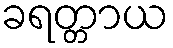
ခရတ္တာယ